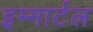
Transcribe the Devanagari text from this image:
इम्मार्टल